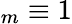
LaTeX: _m\equiv 1